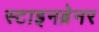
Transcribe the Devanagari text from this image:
स्टाइनब्रेनर